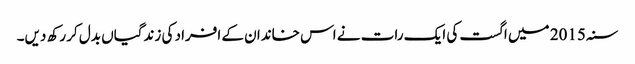
سنہ 2015 میں اگست کی ایک رات نے اس خاندان کے افراد کی زندگیاں بدل کر رکھ دیں۔